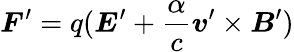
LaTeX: \boldsymbol{F}^{\prime}=q(\boldsymbol{E}^{\prime}+\frac{\alpha}{c}\boldsymbol{v}^{\prime}\times\boldsymbol{B}^{\prime})